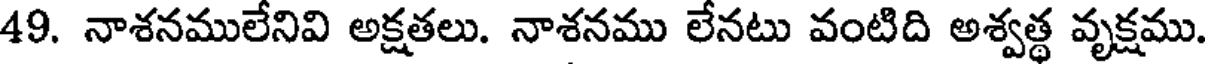
49. నాశనములేనివి అక్షతలు. నాశనము లేనటు వంటిది అశ్వత్థ వృక్షము.